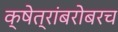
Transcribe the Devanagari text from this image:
क्षेत्रांबरोबरच